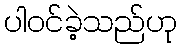
ပါဝင်ခဲ့သည်ဟု